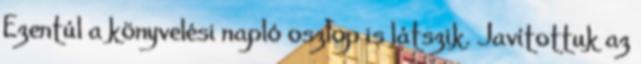
Ezentúl a könyvelési napló oszlop is látszik. Javítottuk az